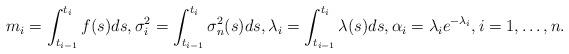
LaTeX: \begin{align*} m_i&=\int_{t_{i-1}}^{t_i}f(s)ds,\sigma_i^2=\int_{t_{i-1}}^{t_i}\sigma_n^2(s)ds,\lambda_i=\int_{t_{i-1}}^{t_i}\lambda(s)ds,\alpha_i=\lambda_ie^{-\lambda_i},i=1,\dots,n.\end{align*}